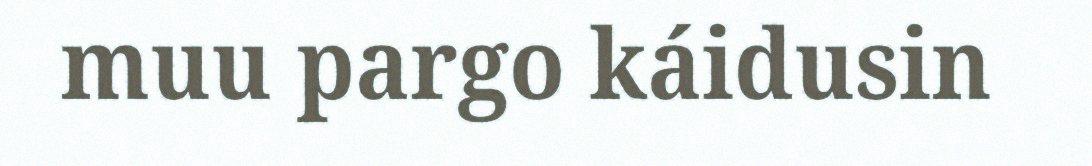
muu pargo káidusin